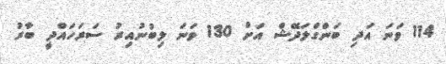
114 ވަނަ އަދި ބަންގްލަދޭޝް އަށް 130 ވަނަ ލިބުނުއިރު ސަރަހައްދީ ބާރު